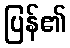
ပြန်၏